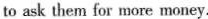
to ask them for more money.